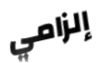
إلزامي